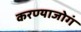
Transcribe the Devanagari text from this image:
करण्याजोगं